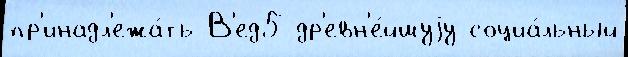
пр'инадл'ежа́ть В'ед5 др'евн'е́йшуjу социа́льный